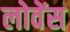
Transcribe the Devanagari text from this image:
लोवेंस